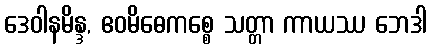
ဒေဝါနမိန္ဒ, ဧဝမိဓေကစ္စေ သတ္တာ ကာယဿ ဘေဒါ